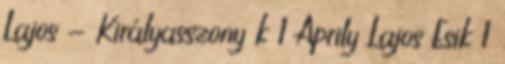
Lajos - Királyasszony k 1 Áprily Lajos Esik 1